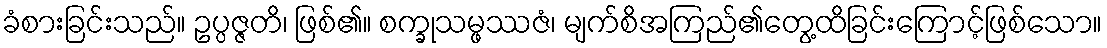
ခံစားခြင်းသည်။ ဥပ္ပဇ္ဇတိ၊ ဖြစ်၏။ စက္ခုသမ္ဖဿဇံ၊ မျက်စိအကြည်၏တွေ့ထိခြင်းကြောင့်ဖြစ်သော။